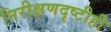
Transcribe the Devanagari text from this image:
निरीक्षणदृष्टीही